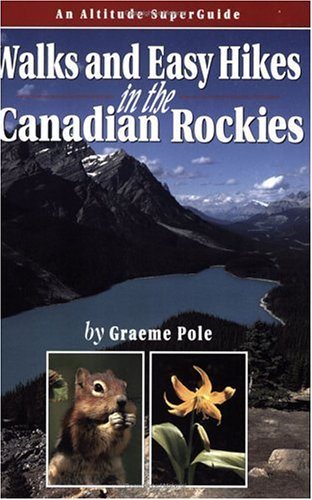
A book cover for Walks & Easy Hikes in the Canadian Rockies: An Altitude SuperGuide (Recreation Superguides); Graeme Pole; Travel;